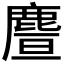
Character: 𪊥